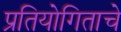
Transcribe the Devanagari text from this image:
प्रतियोगिताचे